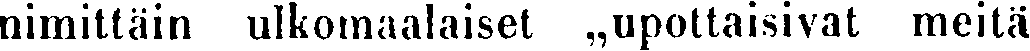
nimittäin ulkomaalaiset ❟❟upottaisivat meitä